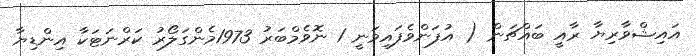
އައިޝްވާރިޔާ ރާއީ ބައްޗަން ( އުފަންވެފައިވަނީ 1 ނޮވެމްބަރު 1973މެންގަލޯރު ކަރްނަޓަކާ އިންޑިޔާ